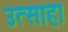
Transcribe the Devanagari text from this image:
उत्‍साह।